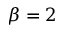
\beta = 2